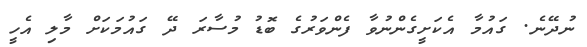
ނުދޭނެ. ގައުމާ އެކަށީގެންނުވާ ފެންވަރުގެ ބޮޑު މުސާރަ ދޭ ގައުމަކަށް މާލި އެހީ